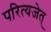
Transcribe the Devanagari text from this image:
परित्यजेत्